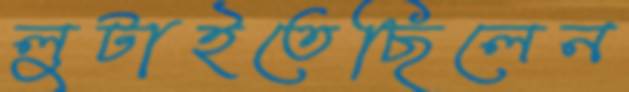
লুটাইতেছিলেন